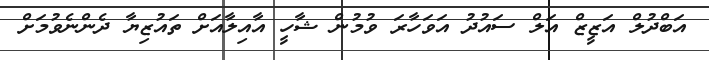
އަބްދުލް އަޒީޒް އަލް ސައުދު އަވަހާރަ ވުމުން ޝާހީ އާއިލާއަށް ތައުޒިޔާ ދެންނެވުމަށް